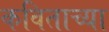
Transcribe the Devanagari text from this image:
कविताच्या